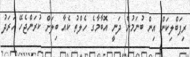
ރިޕަބްލިކަން އިން ބުނަމުން ދަނީ އޮބާމާގެ ހެލްތު ކެއާ ބިލަށް ކުރަންޖެހޭ ހަރަދު